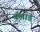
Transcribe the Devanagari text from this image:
बॅलाड